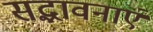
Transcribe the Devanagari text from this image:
सद्भावनाएं